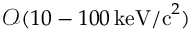
\mathcal { O } ( 1 0 - 1 0 0 \, \mathrm { k e V / c } ^ { 2 } )